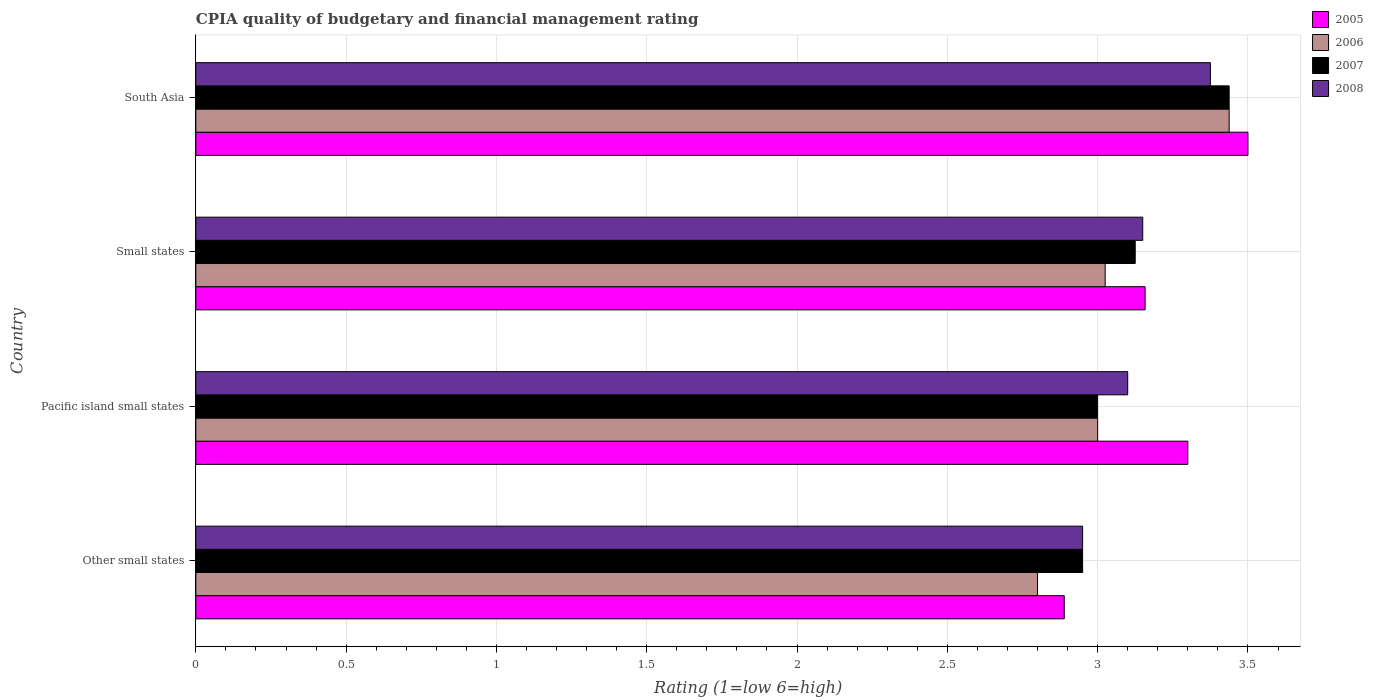
| Country | 2005 | 2006 | 2007 | 2008 |
 | --- | --- | --- | --- | --- |
 | Other small states | 2.89 | 2.8 | 2.95 | 2.95 |
 | Pacific island small states | 3.3 | 3 | 3 | 3.1 |
 | Small states | 3.16 | 3.02 | 3.12 | 3.15 |
 | South Asia | 3.5 | 3.44 | 3.44 | 3.38 |